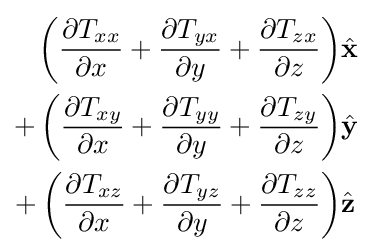
{\begin{aligned}\left({\frac {\partial T_{xx}}{\partial x}}+{\frac {\partial T_{yx}}{\partial y}}+{\frac {\partial T_{zx}}{\partial z}}\right)&{\hat {\mathbf {x} }}\\+\left({\frac {\partial T_{xy}}{\partial x}}+{\frac {\partial T_{yy}}{\partial y}}+{\frac {\partial T_{zy}}{\partial z}}\right)&{\hat {\mathbf {y} }}\\+\left({\frac {\partial T_{xz}}{\partial x}}+{\frac {\partial T_{yz}}{\partial y}}+{\frac {\partial T_{zz}}{\partial z}}\right)&{\hat {\mathbf {z} }}\end{aligned}}